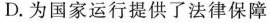
D.为国家运行提供了法律保障